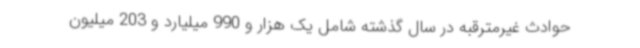
حوادث غیرمترقبه در سال گذشته شامل یک هزار و 990 میلیارد و 203 میلیون